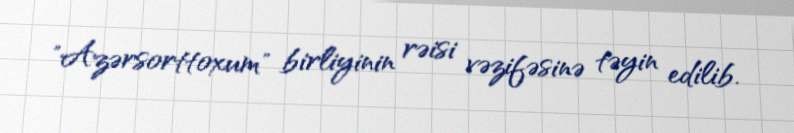
"Azərsorttoxum" birliyinin rəisi vəzifəsinə təyin edilib.